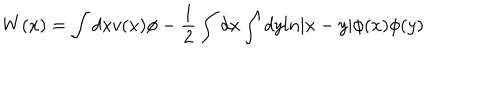
W ( x ) = \int d x v ( x ) \phi - { \frac { 1 } { 2 } } \int d x \int d y l n | x - y | \phi ( x ) \phi ( y )